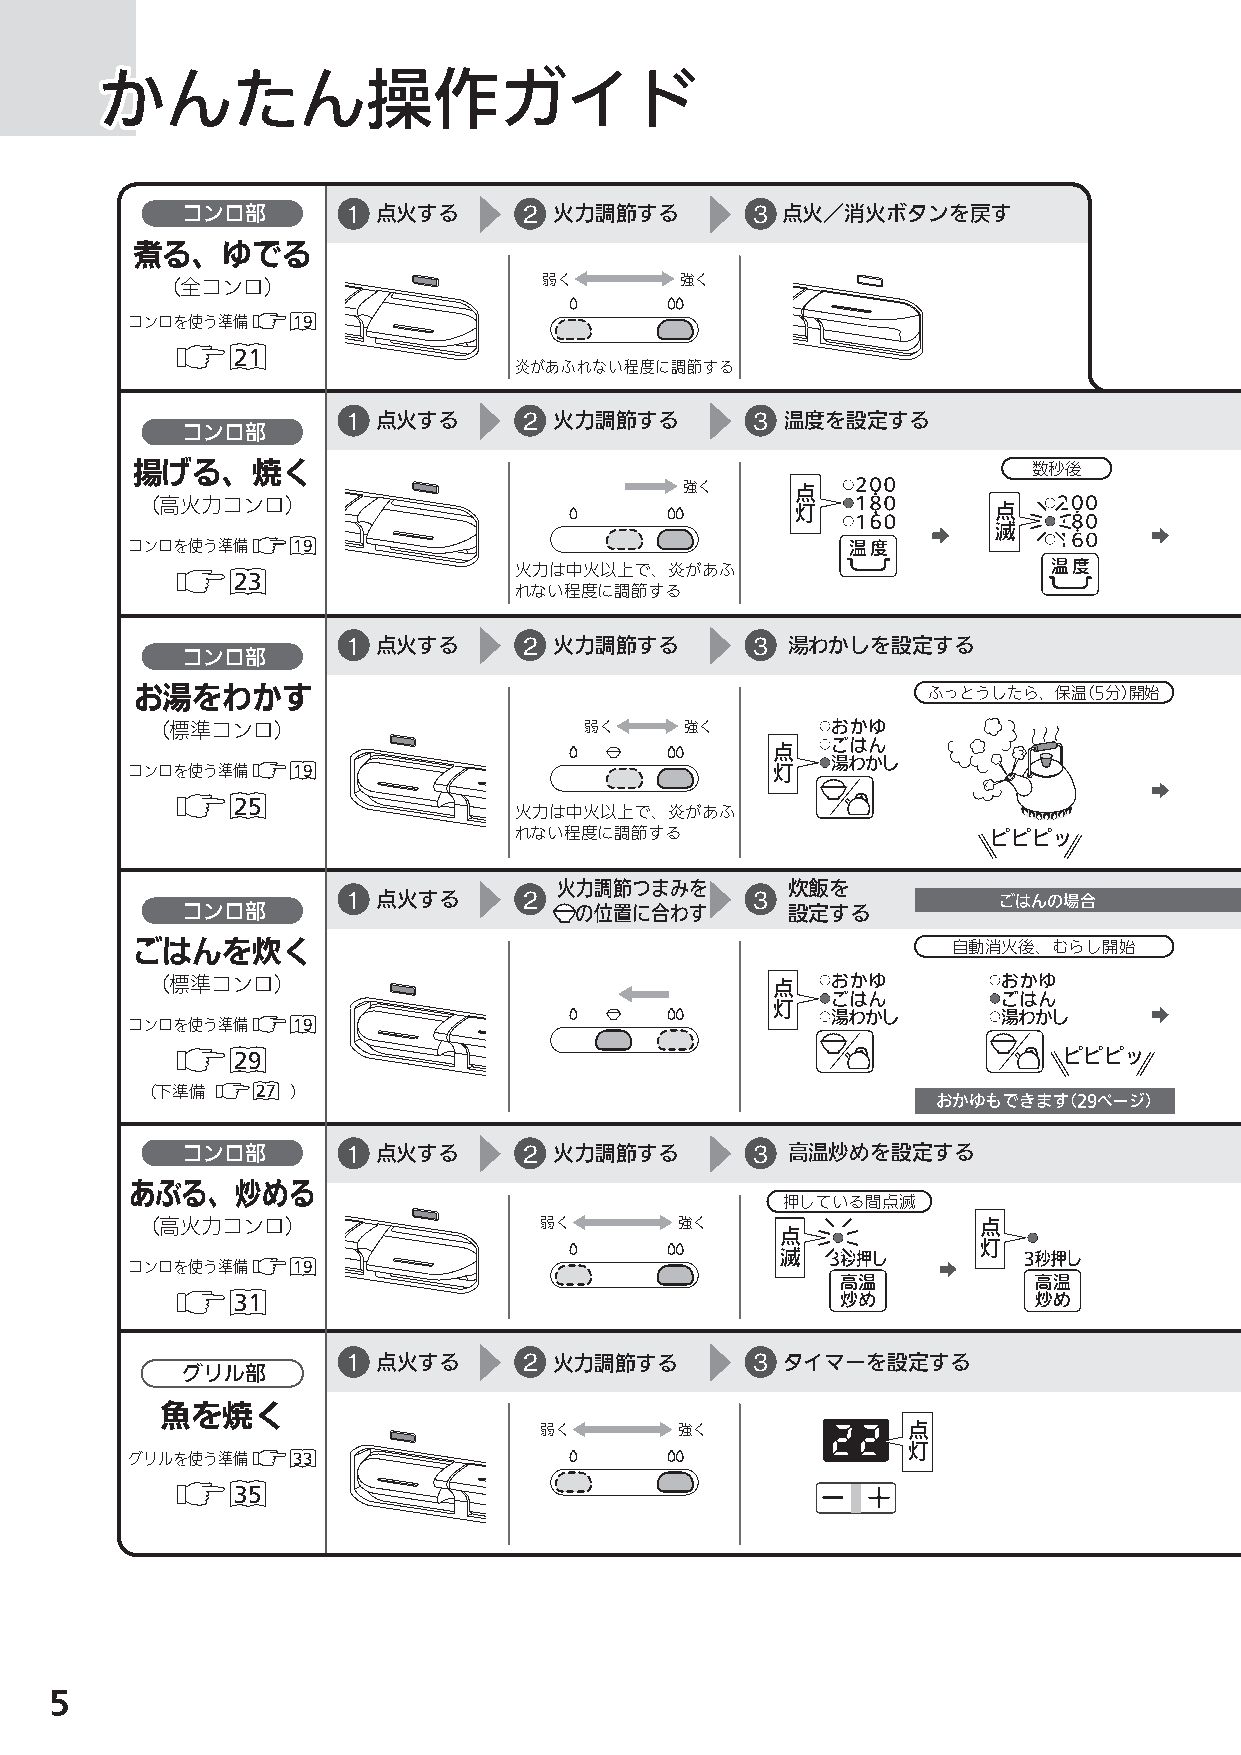
かかかんんんたたたんんん操操操作作作ガガガイイイドドド
 コンロ部       1 点火する      2 火力調節する       3 点火／消火ボタンを戻す
 煮る、ゆでる
 （全コンロ）                   弱く       強く
 コンロを使う準備   19
 21
 炎があふれない程度に調節する
 1 点火する      2 火力調節する       3 温度を設定する
 コンロ部
 揚げる、焼く                                                     数秒後
 強く      点
 （高火力コンロ）                                    灯            点
 滅
 コンロを使う準備   19
 火力は中火以上で、炎があふ
 23
 れない程度に調節する
 1 点火する      2 火力調節する       3 湯わかしを設定する
 コンロ部
 お湯をわかす                                              ふっとうしたら、保温（5分）開始
 （標準コンロ）                      弱く    強く
 点
 コンロを使う準備   19                              灯
 25
 火力は中火以上で、炎があふ
 れない程度に調節する                     ピピピッ
 火力調節つまみを       炊飯を
 1 点火する      2              3               ごはんの場合
 コンロ部                      の位置に合わす       設定する
 ごはんを炊く                                                自動消火後、むらし開始
 （標準コンロ）                                  点
 灯
 コンロを使う準備   19
 29                                                    ピピピッ
 （下準備    2 7 ）
 おかゆもできます（29ページ）
 コンロ部       1 点火する      2 火力調節する       33 高温炒めを設定する
 あぶる、炒める
 押している間点滅
 （高火力コンロ）                   弱く       強く     点            点
 灯
 滅
 コンロを使う準備   19
 31
 1 点火する      2 火力調節する       3 タイマーを設定する
 グリル部
 魚を焼く
 点
 弱く       強く
 灯
 グリルを使う準備   33
 35
 5
 N3GN2RJT_取説_NR.indd 5                                                    2014/01/21 8:50:28